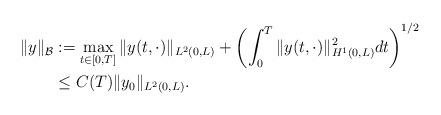
LaTeX: \begin{align*}\|y\|_\mathcal{B}&:=\max_{t\in [0,T]} \|y(t,\cdot)\|_{L^2(0,L)}+\left(\int_0^T\|y(t,\cdot)\|_{H^1(0,L)}^2dt\right)^{1/2}\\&\leq C(T)\|y_0\|_{L^2(0,L)}.\end{align*}